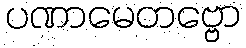
ပဏာမေတဗ္ဗော